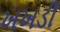
ખખડી